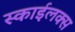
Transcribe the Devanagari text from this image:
स्काईलक्स